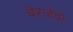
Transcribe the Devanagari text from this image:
बेरजेचा